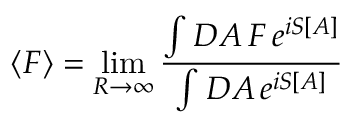
\langle F \rangle = \operatorname* { l i m } _ { { \cal R } \to \infty } { \frac { \int { \cal D } A \, F \, e ^ { i S [ A ] } } { \int { \cal D } A \, e ^ { i S [ A ] } } }